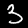
Digit: 3